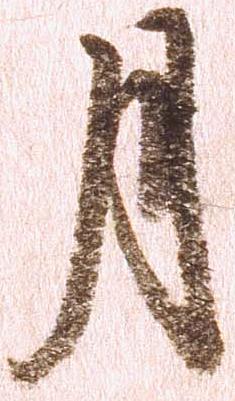
月